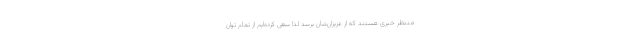
منتظر خبری هستند که از عزیزان‌شان برسد لذا سعی کرده‌ایم از تمام توان